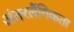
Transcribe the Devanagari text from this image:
अंतरलैंगिकता